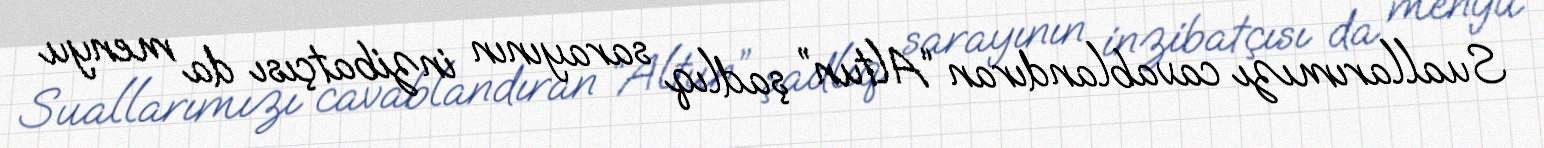
Suallarımızı cavablandıran “Altun” şadlıq sarayının inzibatçısı da menyu